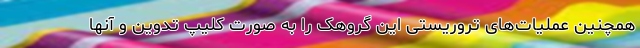
همچنین عملیات‌های تروریستی این گروهک را به صورت کلیپ تدوین و آنها